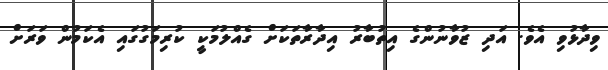
ވިދާޅުވި އެވެ. އަދި ޒުވާނުންގެ އިތުބާރު އިދާރާތަކަށް ގެއްލުމަކީ ކުރިމަގުގައި އެކަމުން ވަރަށް